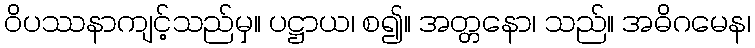
ဝိပဿနာကျင့်သည်မှ။ ပဋ္ဌာယ၊ စ၍။ အတ္တနော၊ သည်။ အဓိဂမေန၊